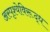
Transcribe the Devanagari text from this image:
अस्पृश्येविरूद्ध